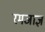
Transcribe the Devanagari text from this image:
रमजाज्ञ